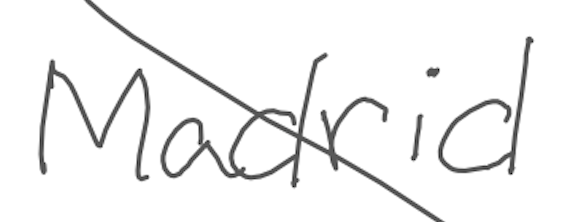
Text: Madrid
Cross-out: diagonal
Writing tool: digital_gray